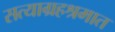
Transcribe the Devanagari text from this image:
सत्याग्रहश्रमात